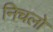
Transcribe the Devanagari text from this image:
निचलो